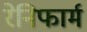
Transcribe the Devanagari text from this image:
रेनिफार्म